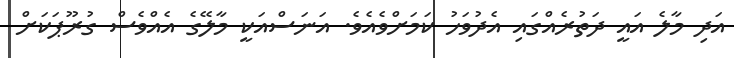
އަދި މާލެ އައީ ދަތުރެއްގައި އެދުވަހު ކަމަށްވެއެވެ. އަނަސްއަކީ މާލޭގެ އެއްވެސް ގުރޫޕަކަށް